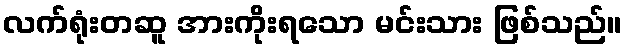
လက်ရုံးတဆူ အားကိုးရသော မင်းသား ဖြစ်သည်။